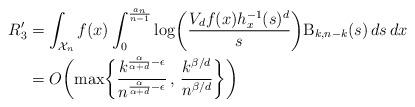
LaTeX: \begin{align*}R_3' &= \int_{\mathcal{X}_n} f(x) \int_0^\frac{a_n}{n-1} \log \biggl(\frac{V_d f(x) h_x^{-1}(s)^d}{s} \biggr) \mathrm{B}_{k,n-k}(s) \, ds \,dx \\&= O \biggl( \max \biggl\{ \frac{k^{\frac{\alpha}{\alpha+d} - \epsilon}}{n^{\frac{\alpha}{\alpha+d} - \epsilon}} \, , \, \frac{k^{\beta/d}}{n^{\beta/d}} \biggr\} \biggr)\end{align*}